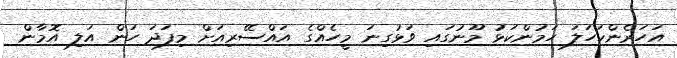
އަހަރެންކަހަލަ ހަމުންކަޅު މޫނުގައި ވަޅުގިނަ މީހެއްގެ އައްސޭރިއަށް މިފަދަ ހަން އަލި އޮމާން